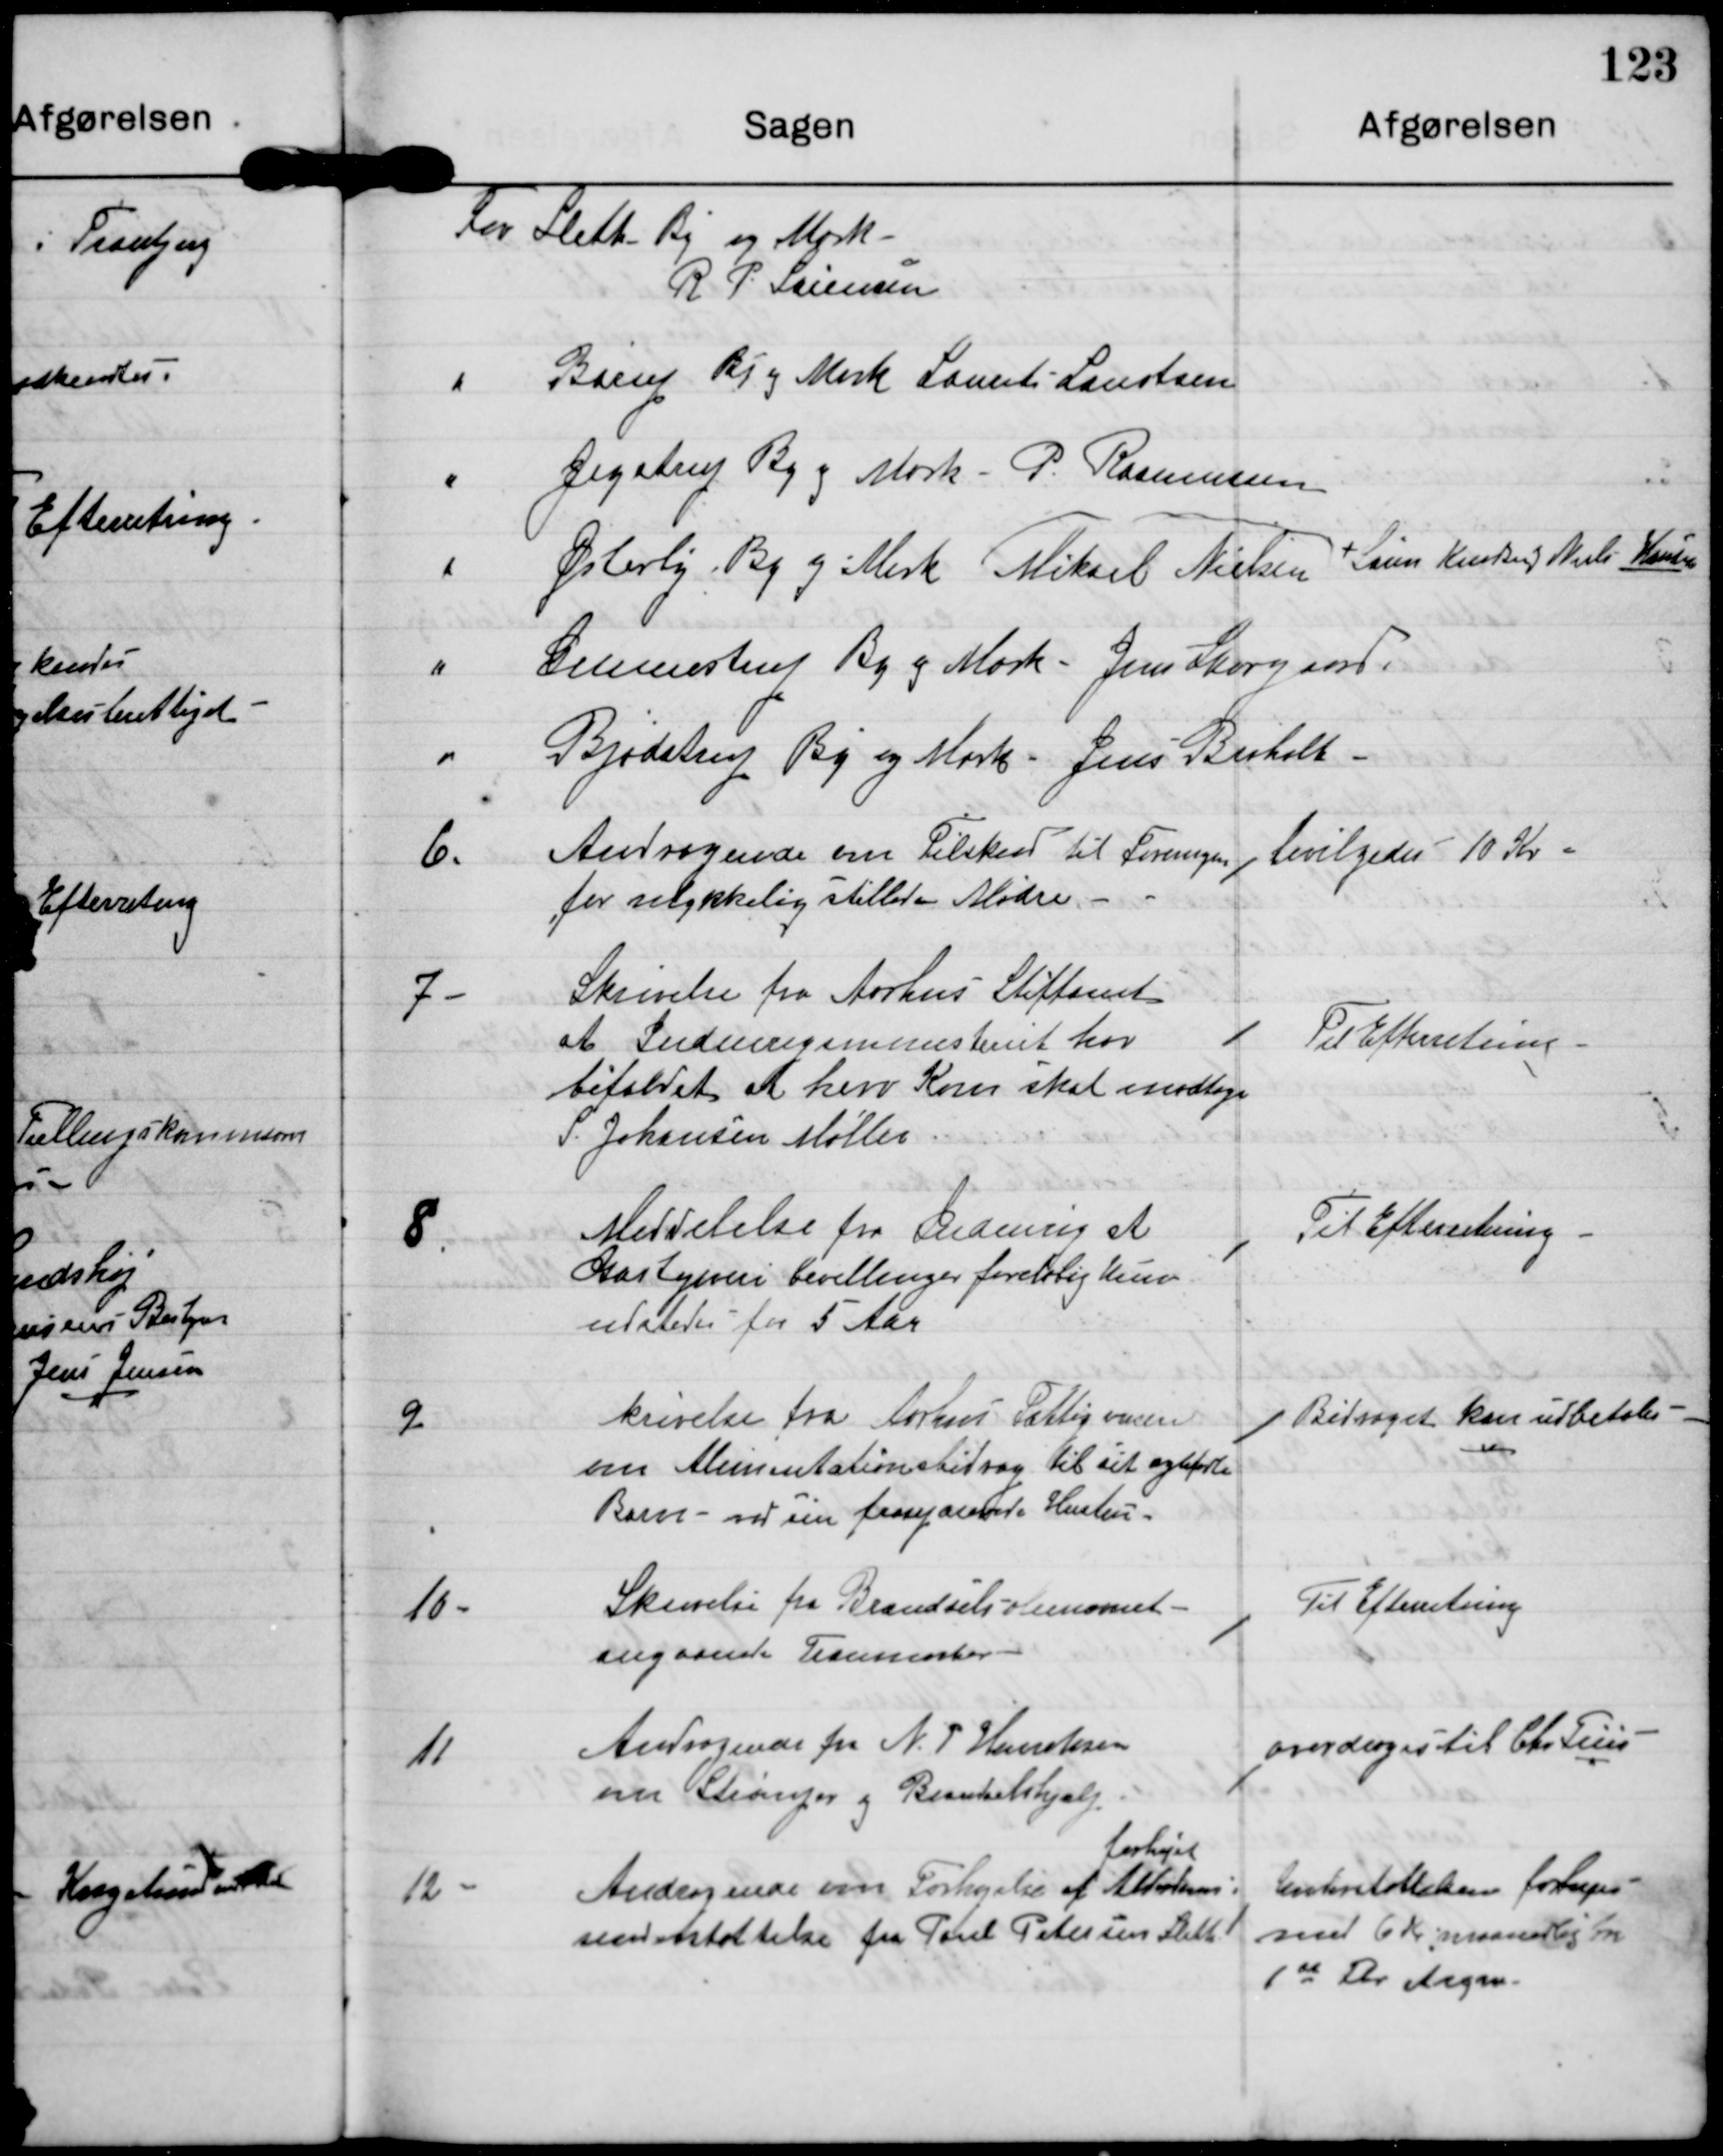
Transskription:
For Sleth By og Mark
R P Sørensen
" Børup By og Mark Laurits Laustsen
" Jegstrup By og Mark - P. Rasmussen
" Østerby By og Mark Mikael Nielsen + Søren Knudsen og Niels Knudsen
" Gunnestrup By og Mark - Jens Skovgaard
" Bjødstrup By og Mark - Jens Buholt

6.

Andragende om Tilskud til Foreningen
for ulykkelig stillede Mødre

bevilgedes 10 Kr.

7.

Skrivelse fra Aarhus Stiftamt
at Indenrigsministeriet har
bifaldet at herv Kom skal modtage
S. Johansen Møller.

Til Efterretning

8.

Meddelelse fra ? at
Gæstgiveri bevillinger foreløbig kun
udstedes for 5 Aar

Til Efterretning

9.

skrivelse fra Aarhus Fattigvæsen
om Alimentationsbidrag til sit ægtefødte
Barn med sin fraseparede Hustru.

Bidraget kan udbetales

10.

Skrivelse fra Brændsels?
angaaende Træ?

Til Efterretning

11

Andragende fra N. P Henriksen
om Strømper og Brændselshjælp

overdrages til Chr Friis

12

forhøjet
Andragende om Forhøjelse af Alderdoms-
understøttelse fra Poul Petersen Sleth

Understøttelsen forhøjes
med 6 Kr maanedlig fra
1 st Fbr at regne